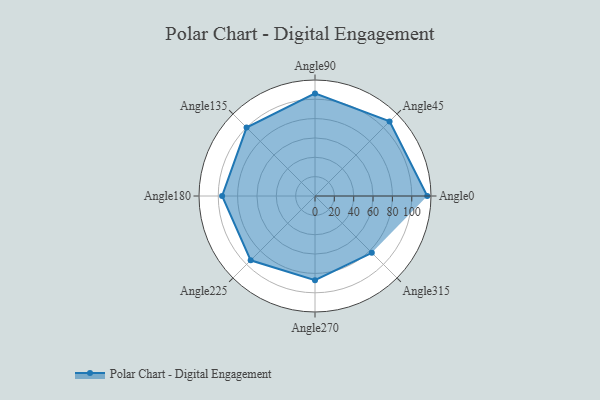
{"axis": {"x": "Angle", "y": "Radius"}, "legend": [""], "data": [{"x": "Angle0", "y": 116.0, "type": ""}, {"x": "Angle45", "y": 109.0, "type": ""}, {"x": "Angle90", "y": 106.0, "type": ""}, {"x": "Angle135", "y": 100.0, "type": ""}, {"x": "Angle180", "y": 96.0, "type": ""}, {"x": "Angle225", "y": 94.0, "type": ""}, {"x": "Angle270", "y": 87.0, "type": ""}, {"x": "Angle315", "y": 83.0, "type": ""}]}